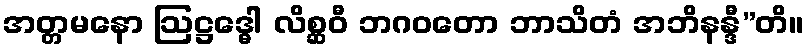
အတ္တမနော ဩဋ္ဌဒ္ဓေါ လိစ္ဆဝီ ဘဂဝတော ဘာသိတံ အဘိနန္ဒီ”တိ။